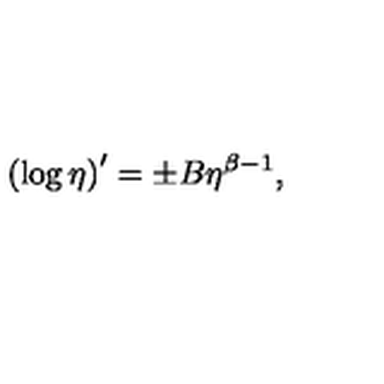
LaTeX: \left( \log \eta \right) ^ { \prime } = \pm B \eta ^ { \beta - 1 } ,